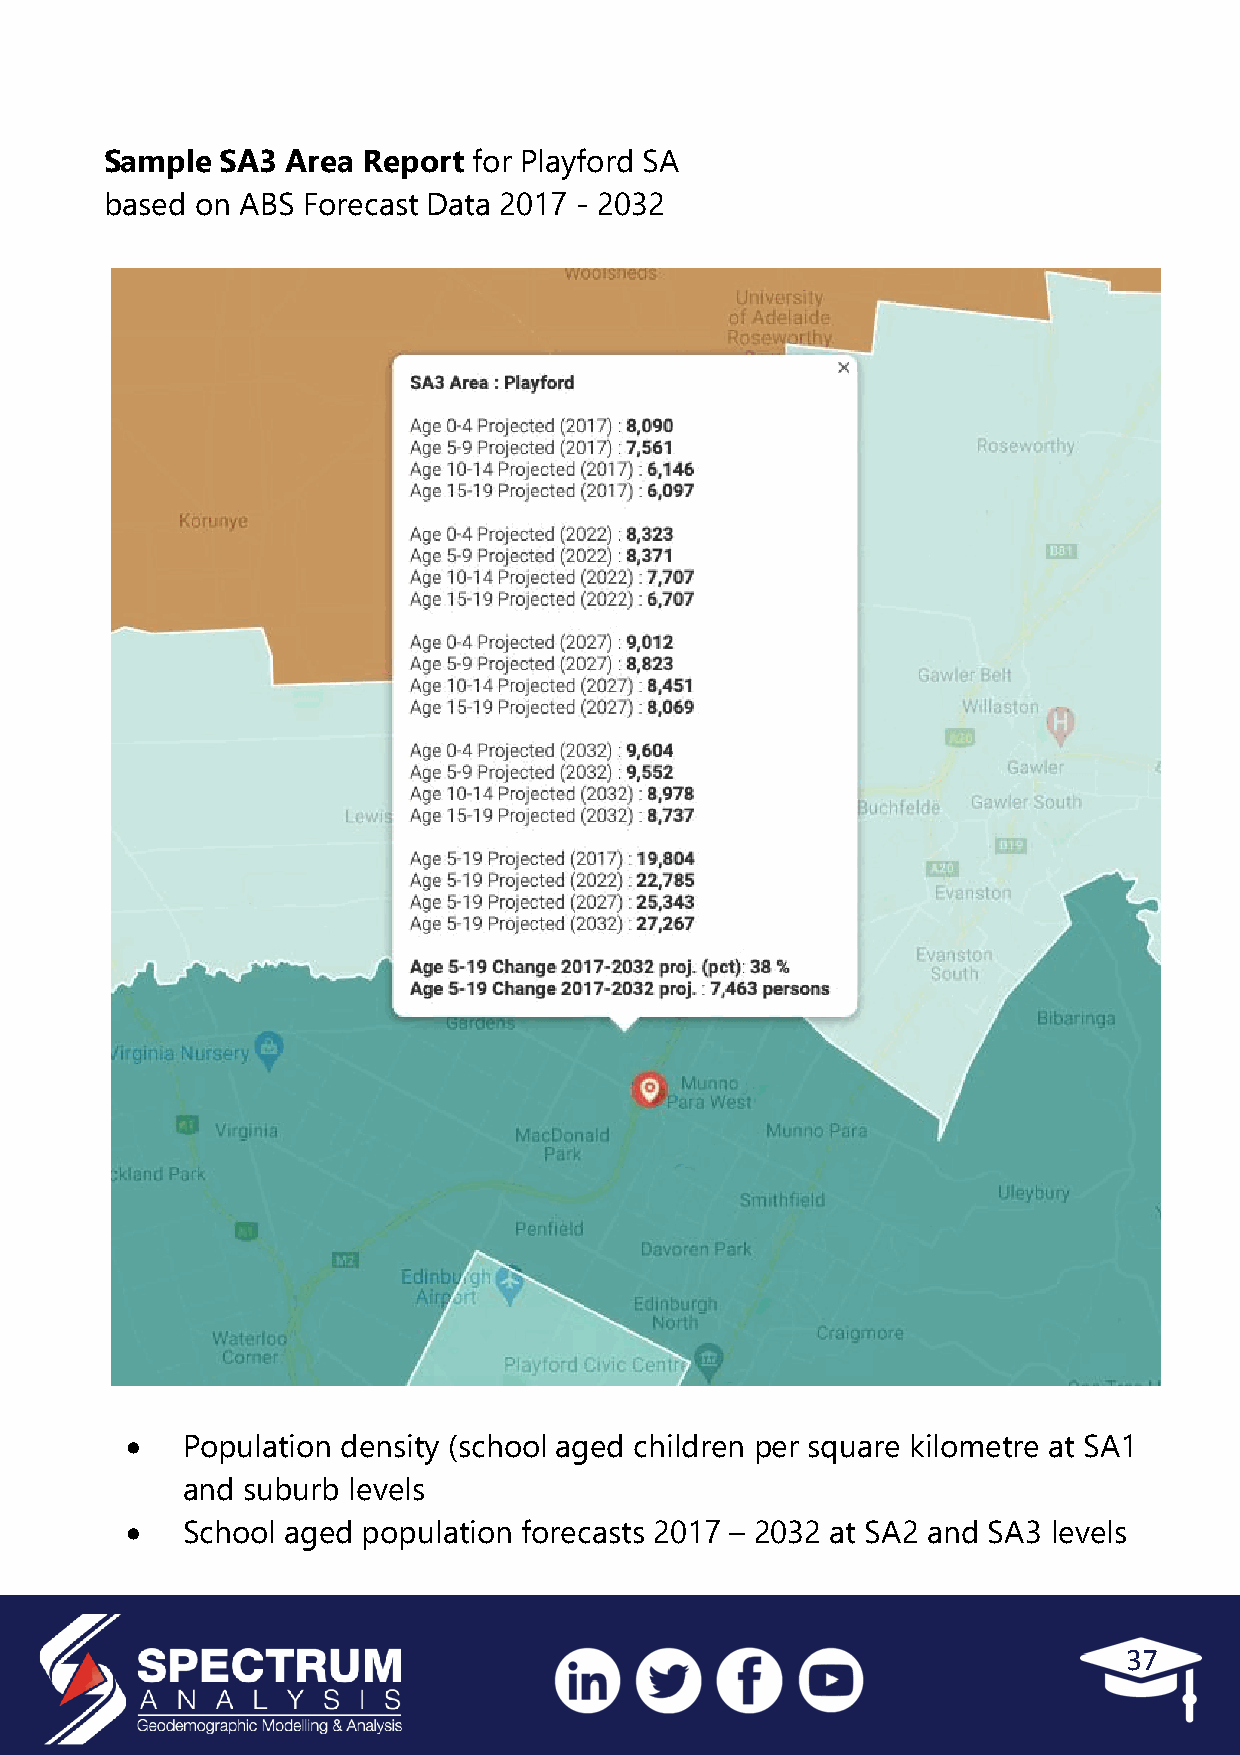
Sample  SA3 Area Report for Playford SA
 based on ABS Forecast Data 2017 - 2032
    Population density (school aged children per square kilometre at SA1
 and suburb levels
    School aged population forecasts 2017 – 2032 at SA2 and SA3 levels
 37